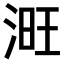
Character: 𣶪